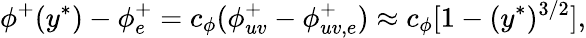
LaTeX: \phi^{+}(y^{\ast})-\phi_{e}^{+}=c_{\phi}(\phi_{uv}^{+}-\phi_{uv,e}^{+})\approx c_{\phi}[1-(y^{\ast})^{3/2}],